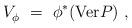
LaTeX: \begin{align*} V_\phi^{}~=~\phi^*(\mathrm{Ver} P)~,\end{align*}